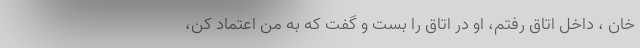
خان ، داخل اتاق رفتم، او در اتاق را بست و گفت که به من اعتماد کن،